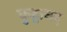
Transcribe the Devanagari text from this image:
कुट्टानद